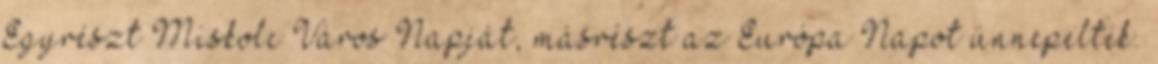
Egyrészt Miskolc Város Napját, másrészt az Európa Napot ünnepelték.